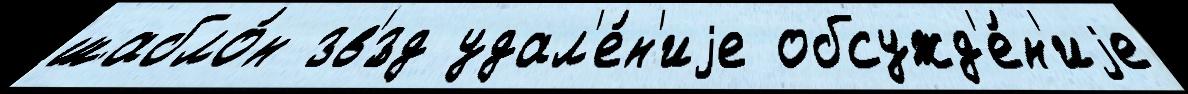
шабло́н зв'́зд удал'е́н'иjе обсужд'е́н'иjе